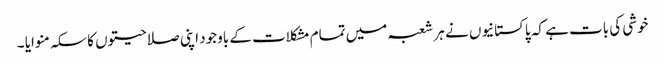
خوشی کی بات ہے کہ پاکستانیوں نے ہر شعبہ میں تمام مشکلات کے باوجود اپنی صلاحیتوں کا سکہ منوایا ۔